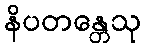
နိပတန္တေသု